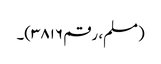
(مسلم، رقم ۳۸۱۶)۔